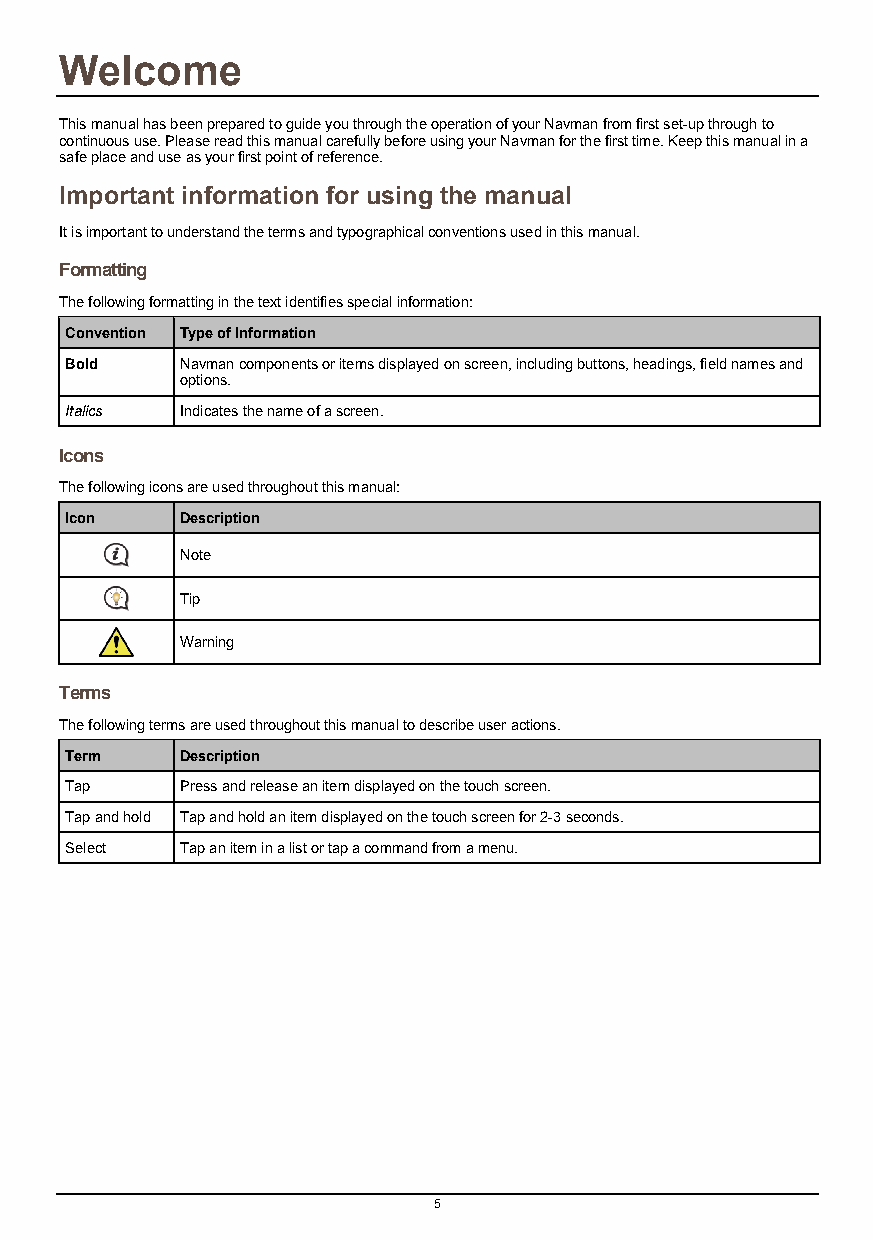
Welcome
 This manual has been prepared to guide you through the operation of your Navman from first set-up through to
 continuous use. Please read this manual carefully before using your Navman for the first time. Keep this manual in a
 safe place and use as your first point of reference.
 Important information for using the manual
 It is important to understand the terms and typographical conventions used in this manual.
 Formatting
 The following formatting in the text identifies special information:
 Convention Type of Information
 Bold    Navman components or items displayed on screen, including buttons, headings, field names and
 options.
 Italics Indicates the name of a screen.
 Icons
 The following icons are used throughout this manual:
 Icon    Description
 Note
 Tip
 Warning
 Terms
 The following terms are used throughout this manual to describe user actions.
 Term    Description
 Tap     Press and release an item displayed on the touch screen.
 Tap and hold Tap and hold an item displayed on the touch screen for 2-3 seconds.
 Select  Tap an item in a list or tap a command from a menu.
 5